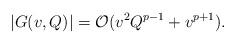
LaTeX: \begin{align*}|G(v,Q)| = \mathcal{O}(v^2 Q^{p-1}+ v^{p+1}). \end{align*}